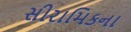
સીરામિકના